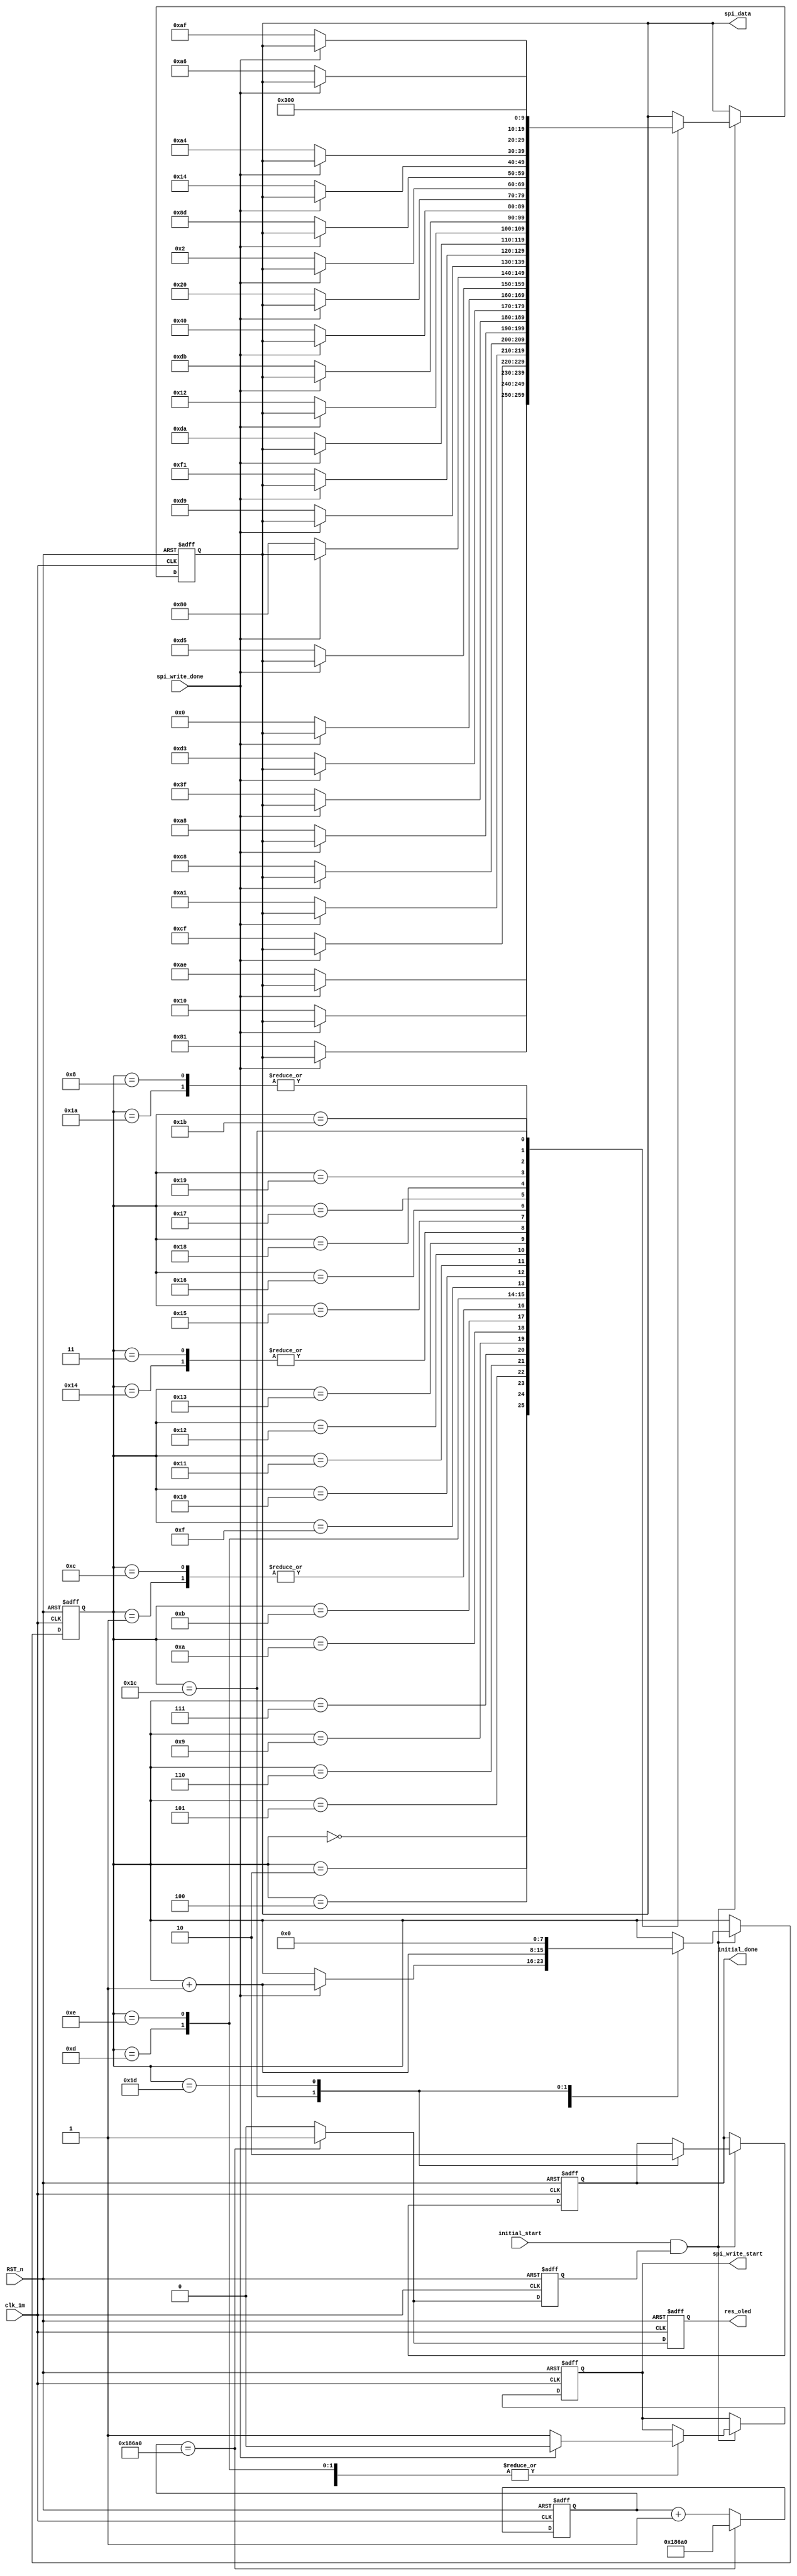
/*--------------------------------------------------------------*\
	Filename	:	initial_control_module.v
	Author		:	Cwang
	Description	:	
	Revision History	:	2017-10-116
							Revision 1.0
	Email		:	wangcp@hitrobotgroup.com
	Company		:	Micro nano institute
	Copyright(c) 2017,Micro nano institute,All right resered
\*---------------------------------------------------------------*/
module initial_control(
	clk_1m,
	RST_n,
	
	initial_start,
	spi_write_done,
	
	spi_write_start,
	spi_data,
	initial_done,
	res_oled		//OLEDRES
);

	input clk_1m;
	input RST_n;
	input initial_start;
	input spi_write_done;
	
	output spi_write_start;
	output [9:0] spi_data;
	output initial_done;
	output reg res_oled;
	//--------------------------------------
	//OLED100ms
	
	parameter RES100MS = 20'd100000;
	reg [19:0] count;
	reg res_done;
	always @(posedge clk_1m or negedge RST_n)
	begin
		if(!RST_n)
		begin
			count <= 20'd0;
			res_oled <= 1'b0;
			res_done <= 1'b0;
		end
		else
			if(count == RES100MS)
			begin
				res_oled <= 1'b1;
				res_done <= 1'b1;
				count <= RES100MS;
			end
			else
			begin
				count <= count + 1'b1;
				res_oled <= 1'b0;
				res_done <= 1'b0;
			end
	end
	
	//--------------------------------------
	reg [7:0] i;
	reg start;
	reg [9:0] data;
	reg isdone;

	//--------------------------------------------------------
	//STM
	always@(posedge clk_1m or negedge RST_n)
	begin
		if(!RST_n)
		begin
			i <= 8'd0;
			start <= 1'b0;
			isdone <= 1'b0;
			data <= {2'b11,8'd0};
		end
		else	
		begin
			if(initial_start && res_done)
			begin
				case(i)
			//-------------------------------------------------------------------------------------	
					8'd0:
						if(spi_write_done) begin start <= 1'b0; i <= i + 1'b1;end
						else 			   begin data  <= {2'b00,8'hae}; start <= 1'b1;end
					8'd1:
						if(spi_write_done) begin start <= 1'b0; i <= i + 1'b1;end
						else 			   begin data  <= {2'b00,8'h00}; start <= 1'b1;end	
					8'd2:
						if(spi_write_done) begin start <= 1'b0; i <= i + 1'b1;end
						else 			   begin data  <= {2'b00,8'h10}; start <= 1'b1;end
					8'd3:
						if(spi_write_done) begin start <= 1'b0; i <= i + 1'b1;end
						else 			   begin data  <= {2'b00,8'h40}; start <= 1'b1;end
					8'd4:
						if(spi_write_done) begin start <= 1'b0; i <= i + 1'b1;end
						else 			   begin data  <= {2'b00,8'h81}; start <= 1'b1;end
					8'd5:
						if(spi_write_done) begin start <= 1'b0; i <= i + 1'b1;end
						else 			   begin data  <= {2'b00,8'hCF}; start <= 1'b1;end
					8'd6:
						if(spi_write_done) begin start <= 1'b0; i <= i + 1'b1;end
						else 			   begin data  <= {2'b00,8'hA1}; start <= 1'b1;end
					8'd7:
						if(spi_write_done) begin start <= 1'b0; i <= i + 1'b1;end
						else 			   begin data  <= {2'b00,8'hC8}; start <= 1'b1;end
					8'd8:
						if(spi_write_done) begin start <= 1'b0; i <= i + 1'b1;end
						else 			   begin data  <= {2'b00,8'hA6}; start <= 1'b1;end
					8'd9:
						if(spi_write_done) begin start <= 1'b0; i <= i + 1'b1;end
						else 			   begin data  <= {2'b00,8'hA8}; start <= 1'b1;end
					8'd10:
						if(spi_write_done) begin start <= 1'b0; i <= i + 1'b1;end
						else 			   begin data  <= {2'b00,8'h3F}; start <= 1'b1;end
					8'd11:
						if(spi_write_done) begin start <= 1'b0; i <= i + 1'b1;end
						else 			   begin data  <= {2'b00,8'hD3}; start <= 1'b1;end
					8'd12:
						if(spi_write_done) begin start <= 1'b0; i <= i + 1'b1;end
						else 			   begin data  <= {2'b00,8'h00}; start <= 1'b1;end
					8'd13:
						if(spi_write_done) begin start <= 1'b0; i <= i + 1'b1;end
						else 			   begin data  <= {2'b00,8'hD5}; start <= 1'b1;end
					8'd14:
						if(spi_write_done) begin start <= 1'b0; i <= i + 1'b1;end
						else 			   begin data  <= {2'b00,8'h80}; start <= 1'b1;end
					8'd15:
						if(spi_write_done) begin start <= 1'b0; i <= i + 1'b1;end
						else 			   begin data  <= {2'b00,8'hD9}; start <= 1'b1;end
					8'd16:
						if(spi_write_done) begin start <= 1'b0; i <= i + 1'b1;end
						else 			   begin data  <= {2'b00,8'hF1}; start <= 1'b1;end
					8'd17:
						if(spi_write_done) begin start <= 1'b0; i <= i + 1'b1;end
						else 			   begin data  <= {2'b00,8'hDA}; start <= 1'b1;end
					8'd18:
						if(spi_write_done) begin start <= 1'b0; i <= i + 1'b1;end
						else 			   begin data  <= {2'b00,8'h12}; start <= 1'b1;end
					8'd19:
						if(spi_write_done) begin start <= 1'b0; i <= i + 1'b1;end
						else 			   begin data  <= {2'b00,8'hDB}; start <= 1'b1;end
					8'd20:
						if(spi_write_done) begin start <= 1'b0; i <= i + 1'b1;end
						else 			   begin data  <= {2'b00,8'h40}; start <= 1'b1;end
					8'd21:
						if(spi_write_done) begin start <= 1'b0; i <= i + 1'b1;end
						else 			   begin data  <= {2'b00,8'h20}; start <= 1'b1;end
					8'd22:
						if(spi_write_done) begin start <= 1'b0; i <= i + 1'b1;end
						else 			   begin data  <= {2'b00,8'h02}; start <= 1'b1;end
					8'd23:
						if(spi_write_done) begin start <= 1'b0; i <= i + 1'b1;end
						else 			   begin data  <= {2'b00,8'h8D}; start <= 1'b1;end
					8'd24:
						if(spi_write_done) begin start <= 1'b0; i <= i + 1'b1;end
						else 			   begin data  <= {2'b00,8'h14}; start <= 1'b1;end
					8'd25:
						if(spi_write_done) begin start <= 1'b0; i <= i + 1'b1;end
						else 			   begin data  <= {2'b00,8'hA4}; start <= 1'b1;end
					8'd26:
						if(spi_write_done) begin start <= 1'b0; i <= i + 1'b1;end
						else 			   begin data  <= {2'b00,8'hA6}; start <= 1'b1;end
					8'd27:
						if(spi_write_done) begin start <= 1'b0; i <= i + 1'b1;end
						else 			   begin data  <= {2'b00,8'hAF}; start <= 1'b1;end
			//--------------------------------------------------------------------------------			
					8'd28:
						begin
							data <= {2'b11,8'd0}; isdone <= 1'b1; i <= i + 1'b1;
						end
					8'd29:
						begin
							isdone <= 1'b0; i <= 8'd0;
						end
					//8'd22:
						//i <= 8'd0;
				endcase
			end
		end
	end
	
	
	assign spi_data = data;
	assign spi_write_start = start;
	assign initial_done = isdone;

endmodule